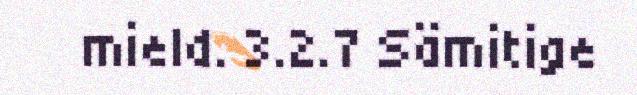
mield. 3.2.7 Sämitige